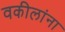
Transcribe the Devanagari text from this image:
वकीलांना